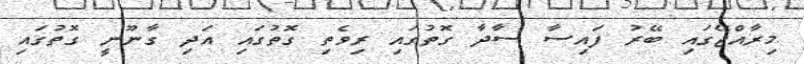
މިރާއްޖޭގައި ބޭރު ފައިސާ ސާދާ ގޮތުގައި ރިވެތި ގޮތުގައި އަދި ގާނޫނީ ގޮތުގައި